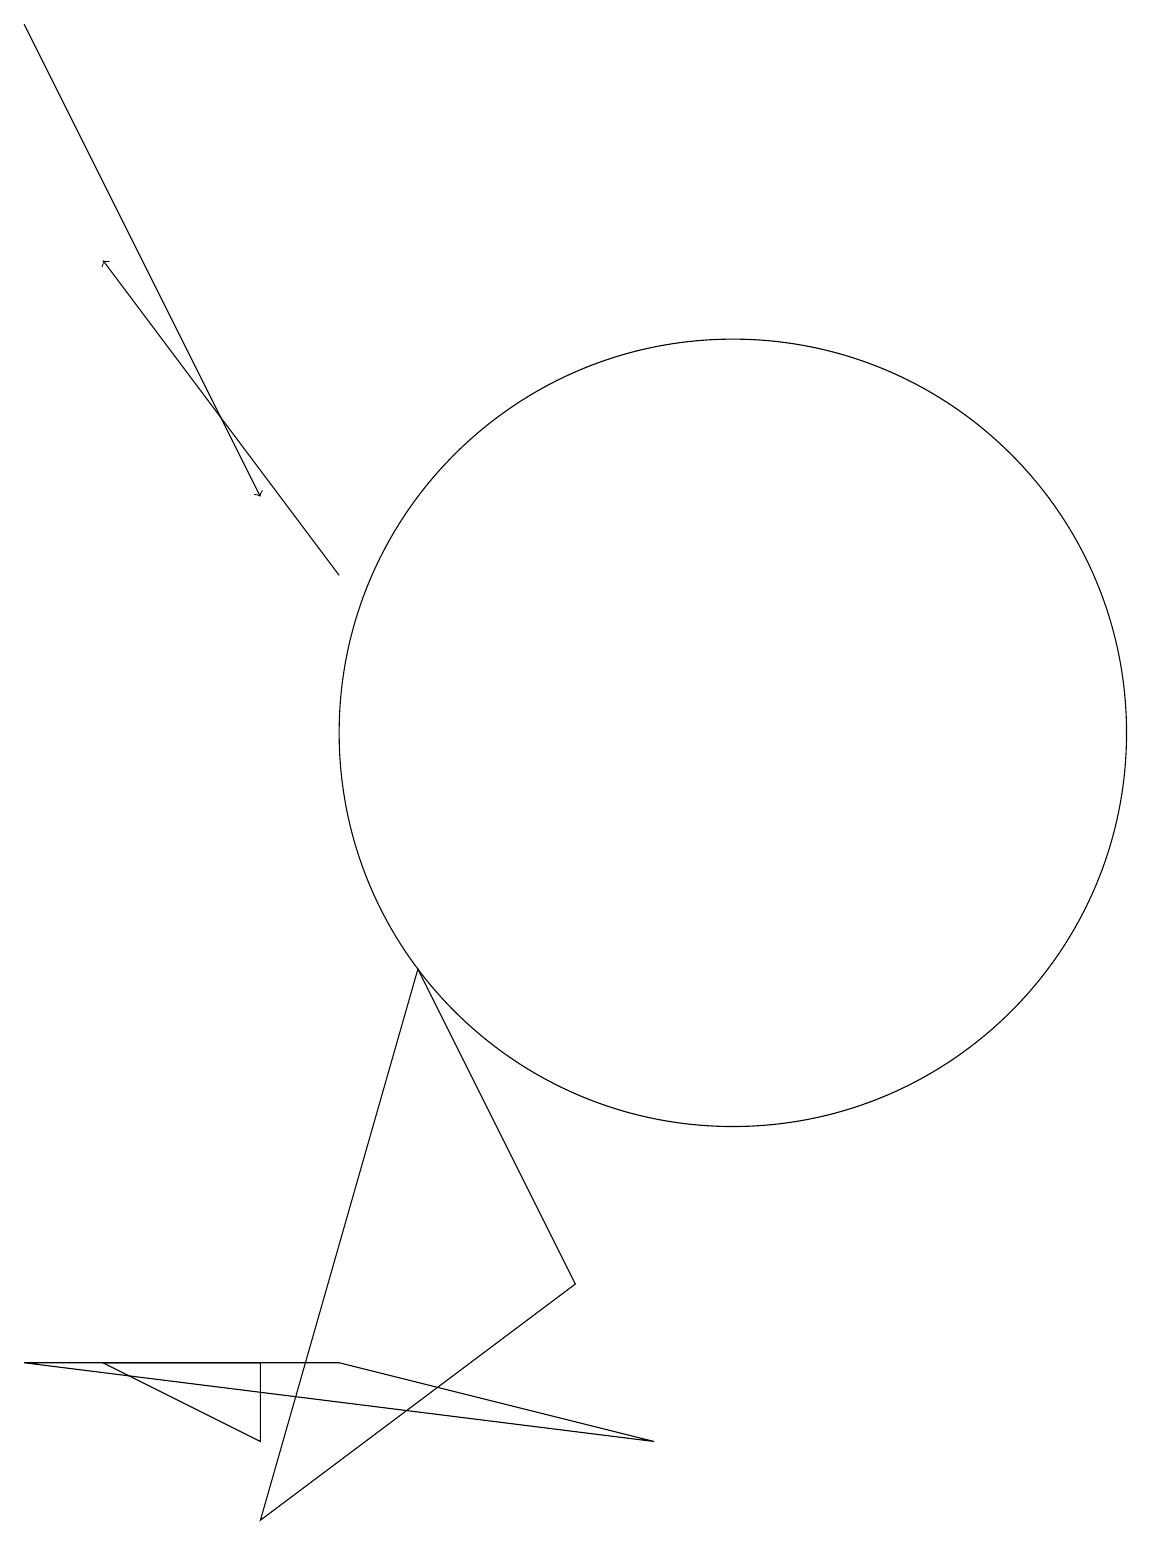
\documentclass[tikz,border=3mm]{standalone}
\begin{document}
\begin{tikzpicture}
\draw (4,1) -- (2,2) -- (4,2) -- cycle;
\draw[->] (1,19) -- (4,13);
\draw (5,2) -- (9,1) -- (1,2) -- cycle;
\draw (11,10) circle (0);
\draw (8,3) -- (4,0) -- (6,7) -- cycle;
\draw[->] (5,12) -- (2,16);
\draw (10,11) circle (0);
\draw (10,10) circle (5);
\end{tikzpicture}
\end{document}